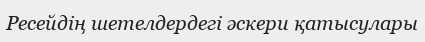
Ресейдің шетелдердегі әскери қатысулары